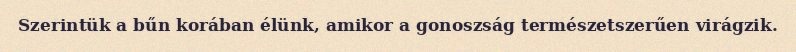
Szerintük a bűn korában élünk, amikor a gonoszság természetszerűen virágzik.